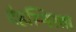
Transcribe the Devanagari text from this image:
देहस्थिरता